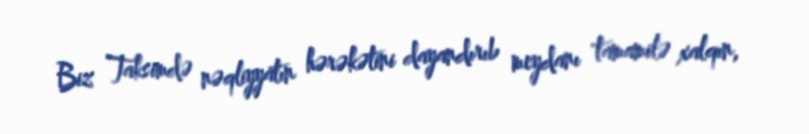
Biz Taksimdə nəqliyyatın hərəkətini dayandırıb meydanı tamamilə xalqın,